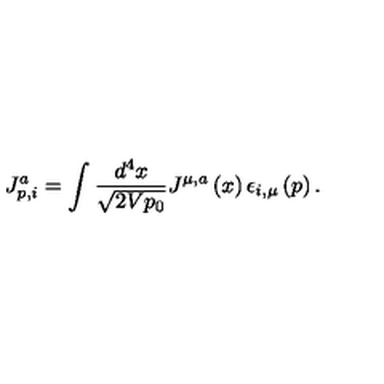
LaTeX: J _ { p , i } ^ { a } = \int \frac { d ^ { 4 } x } { \sqrt { 2 V p _ { 0 } } } J ^ { \mu , a } \left( x \right) \epsilon _ { i , \mu } \left( p \right) .